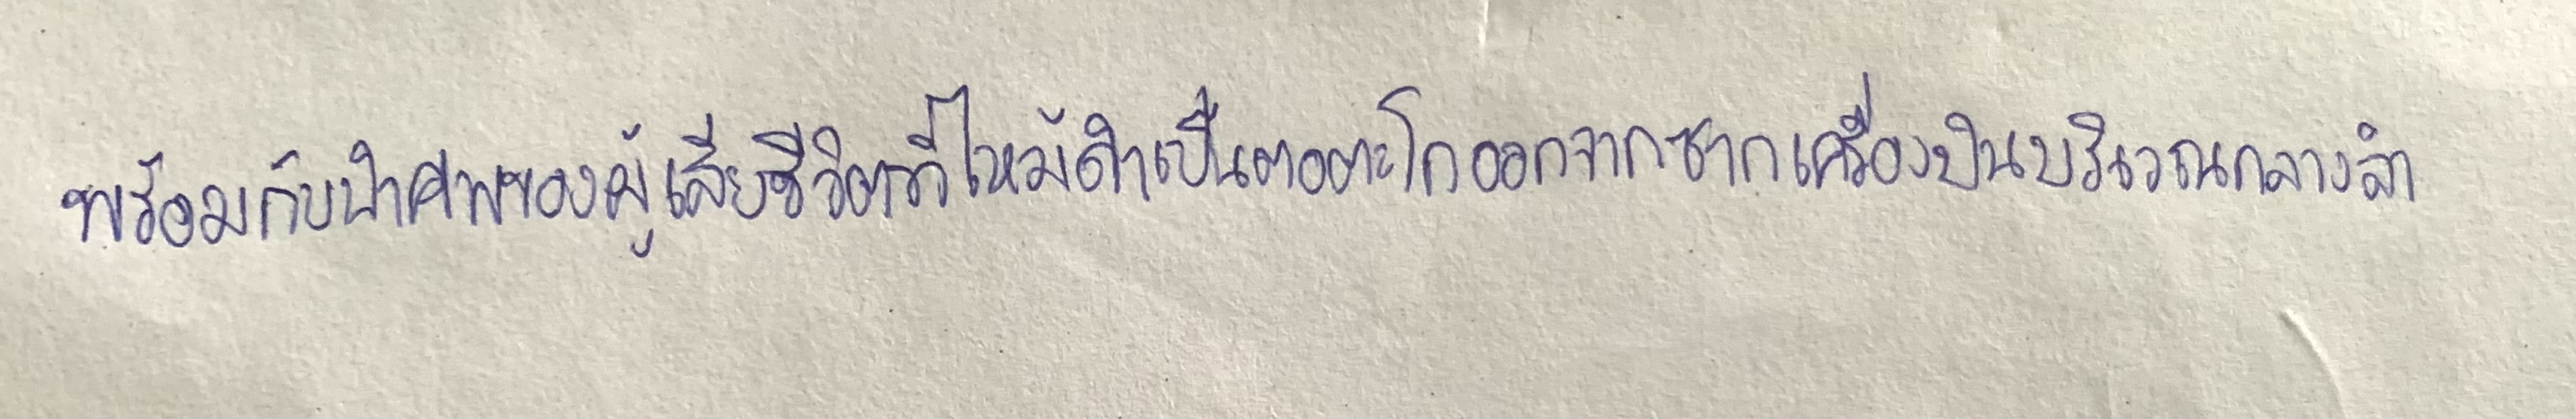
พร้อมกับนำศพของผู้เสียชีวิตที่ไหม้ดำเป็นตอตะโกออกจากซากเครื่องบินบริเวณกลางลำ